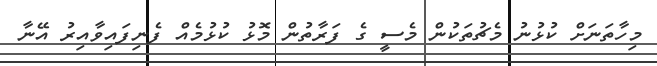
މިހާތަނަށް ކުޅުނު މެޗުތަކުން މެސީ ގެ ފަރާތުން މޮޅު ކުޅުމެއް ފެނިފައިވާއިރު އޭނާ